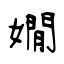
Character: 嫺